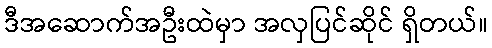
ဒီအဆောက်အဦးထဲမှာ အလှပြင်ဆိုင် ရှိတယ်။